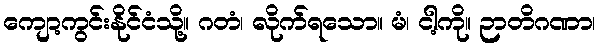
ကျော့ကွင်းနိုင်ငံသို့။ ဂတံ၊ လိုက်ရသော။ မံ၊ ငါ့ကို။ ဉာတိဂဏာ၊